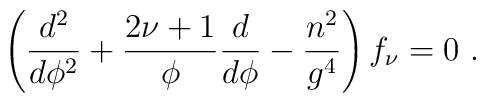
\left(  \frac{d^2}{d \phi^2 } + \frac{2 \nu + 1}{\phi}   \frac{d}{d\phi }  - \frac{n^2}{g^4} \right) f_{\nu} = 0 ~ .